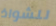
للشواذ